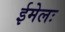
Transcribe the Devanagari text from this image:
ईमेलः